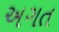
અગત